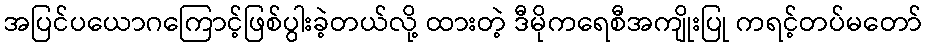
အပြင်ပယောဂကြောင့်ဖြစ်ပွါးခဲ့တယ်လို့ ထားတဲ့ ဒီမိုကရေစီအကျိုးပြု ကရင့်တပ်မတော်